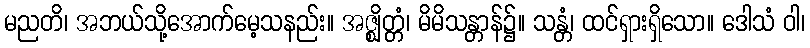
မညတိ၊ အဘယ်သို့အောက်မေ့သနည်း။ အဇ္ဈိတ္တံ၊ မိမိသန္တာန်၌။ သန္တံ၊ ထင်ရှားရှိသော။ ဒေါသံ ဝါ၊